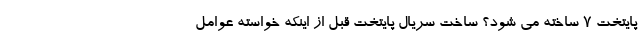
پایتخت 7 ساخته می شود؟ ساخت سریال پایتخت قبل از اینکه خواسته عوامل